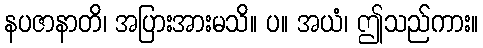
နပဇာနာတိ၊ အပြားအားမသိ။ ပ။ အယံ၊ ဤသည်ကား။